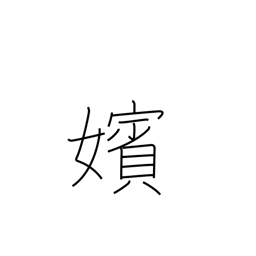
Meaning: marriage